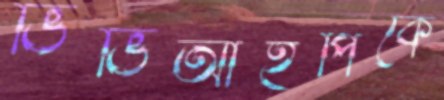
ভিভিআইপিকে